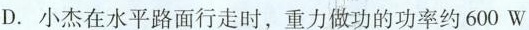
D.小杰在水平路面行走时，重力做功的功率约600W